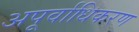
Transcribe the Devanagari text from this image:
अपूर्वाधिकरण